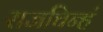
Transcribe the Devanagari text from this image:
राजचिन्हं